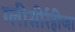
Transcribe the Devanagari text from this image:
ग्‍लीसीर्रहीजा